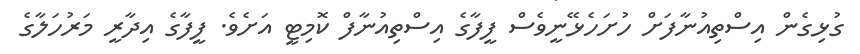
ގުޅިގެން އިސްތިއުނާފަށް ހުށަހެޅޭނީވެސް ފީފާގެ އިސްތިއުނާފް ކޮމިޓީ އަށެވެ. ފީފާގެ އިދާރީ މަރުހަލާގެ